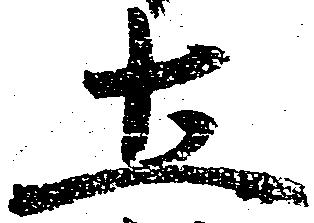
土